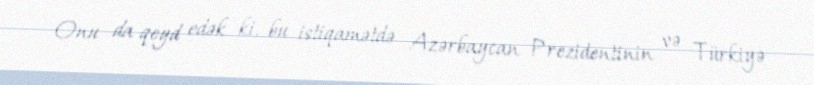
Onu da qeyd edək ki, bu istiqamətdə Azərbaycan Prezidentinin və Türkiyə